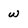
Character: w